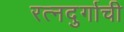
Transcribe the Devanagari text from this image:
रत्‍नदुर्गाची